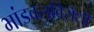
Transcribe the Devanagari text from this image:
भांडवलविरोधी